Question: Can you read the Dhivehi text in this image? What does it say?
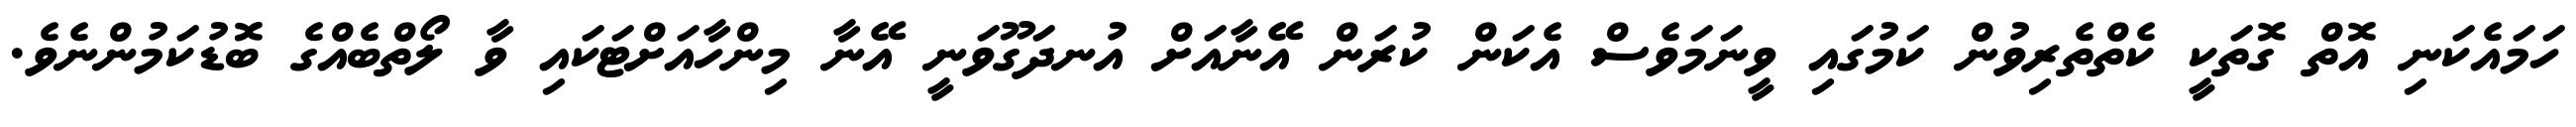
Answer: ހަމައެކަނި އޮތް ގޮތަކީ ކެތްތެރިވުން ކަމުގައި ވީނަމަވެސް އެކަން ކުރަން އޭނާއަށް އުނދަގޫވަނީ އޭނާ މިންހާއަށްޓަކައި ވާ ލޯތްބެއްގެ ބޮޑުކަމުންނެވެ.